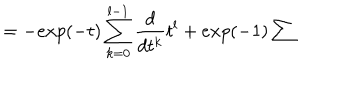
LaTeX: = - e x p ( - t ) \sum _ { k = 0 } ^ { l - 1 } \frac { d } { d t ^ { k } } t ^ { l } + e x p ( - 1 ) \sum